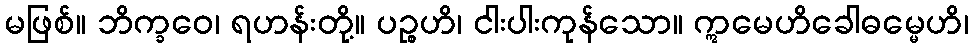
မဖြစ်။ ဘိက္ခဝေ၊ ရဟန်းတို့။ ပဉ္စဟိ၊ ငါးပါးကုန်သော။ ဣမေဟိခေါဓမ္မေဟိ၊